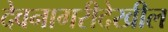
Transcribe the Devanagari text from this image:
देवनागरीदेखील